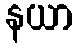
နယာ